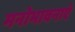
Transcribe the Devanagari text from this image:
मनोभावनाएं